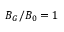
B _ { G } / B _ { 0 } = 1